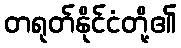
တရုတ်နိုင်ငံတို့၏